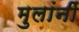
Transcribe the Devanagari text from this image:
मुलांनीं